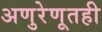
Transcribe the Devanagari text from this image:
अणुरेणूतही